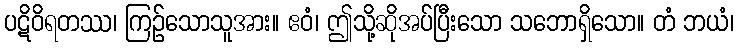
ပဋိဝိရတဿ၊ ကြဉ်သောသူအား။ ဧဝံ၊ ဤသို့ဆိုအပ်ပြီးသော သဘောရှိသော။ တံ ဘယံ၊